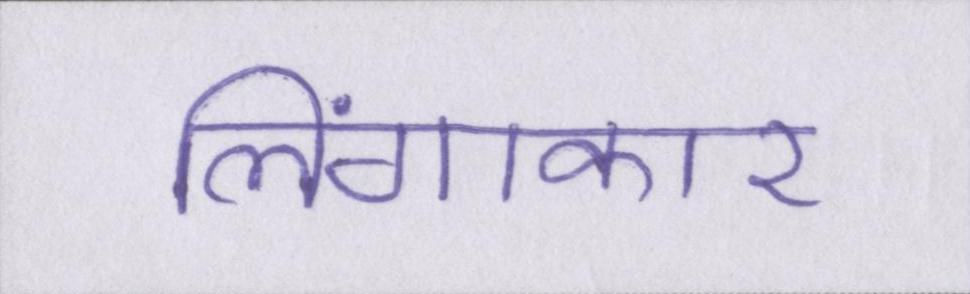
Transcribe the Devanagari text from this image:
लिंगाकार